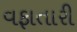
વફાતારી